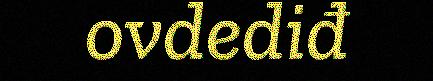
ovdediđ